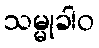
သမ္မုခါဝ